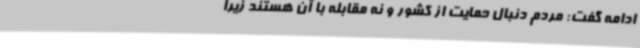
ادامه گفت: مردم دنبال حمایت از کشور و نه مقابله با آن هستند زیرا